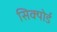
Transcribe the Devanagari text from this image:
सिक्योर्ड